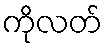
ကိုလတ်